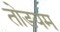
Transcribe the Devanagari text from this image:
तोडयम